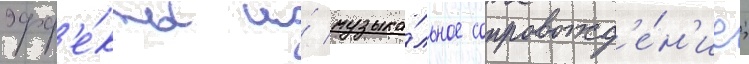
эфф'е́кты и́ музыка́льное сопровожд'е́н'ие;